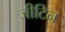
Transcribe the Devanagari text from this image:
जीटिन